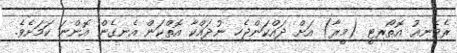
ރެވެނިއު އޮތޯރިޓީ (މީރާ) އަށް ދައްކަންޖެހި ނުދައްކާ އޮތްކަން އެނގެން އޮންނަ ކަމަށެވެ.